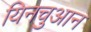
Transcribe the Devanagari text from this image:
यिनचुआन